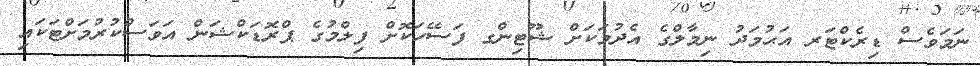
ނަމަވެސް ޑިރެކްޓަރ އަޙުމަދު ނިމާލްގެ އެދުމަކަށް ޝޫޓިންގ ފަސޭހަކޮށް ފިލްމުގެ ޕްރޮޑަކްޝަން އަވަސްކުރުމަށްޓަކައި